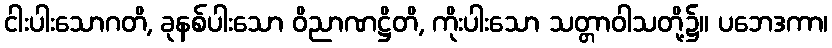
ငါးပါးသောဂတိ, ခုနစ်ပါးသော ဝိညာဏဋ္ဌိတိ, ကိုးပါးသော သတ္တာဝါသတို့၌။ ပဘေဒကာ၊